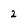
Character: 2